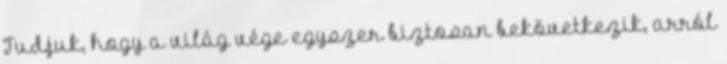
Tudjuk, hogy a világ vége egyszer biztosan bekövetkezik, arról